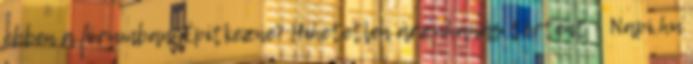
ebben a fórumban. Építkezne? Hihetetlen árzuhanás történt - Napi.hu